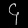
Digit: ၄